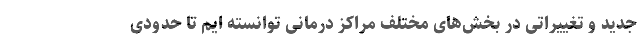
جدید و تغییراتی در بخش‌های مختلف مراکز درمانی توانسته ایم تا حدودی